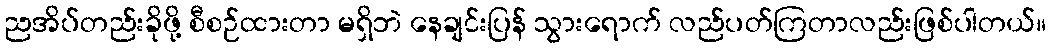
ညအိပ်တည်းခိုဖို့ စီစဉ်ထားတာ မရှိဘဲ နေချင်းပြန် သွားရောက် လည်ပတ်ကြတာလည်းဖြစ်ပါတယ်။